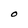
Character: O